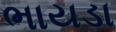
ભાયડા